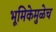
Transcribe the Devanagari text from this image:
भूमिकेमुळेच